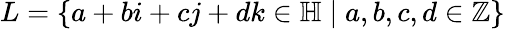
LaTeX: L=\left\{ a+bi+cj+dk\in\mathbb{H}\mid a,b,c,d\in\mathbb{Z}\right\}